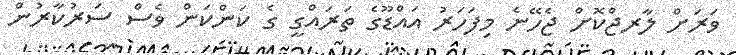
ވަރަށް ލާރޖްކޮށް ޖެހޭނެ މިފަހަރު އައްޑޫގެ ތަރައްގީ ގެ ކަންކަން ވެސް ސަރުކާރުން